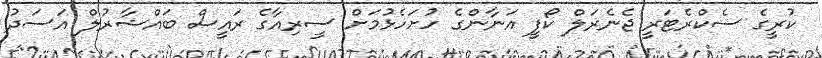
ކުރީގެ ސެކްރެޓަރީ ޖެނެރަލް ކޯފީ އަނާންގެ ހުށަހެޅުމަށް ސީރިއާގެ ރައީސް ބައްޝާރުލް އަސަދު